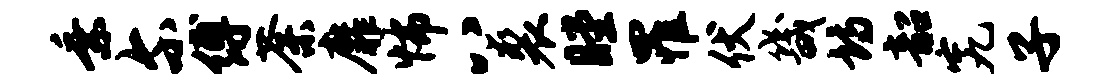
乘尔缚荼靡怖八裘瞠罹伏畿诗韶究子